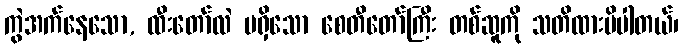
ကွဲအက်နေသော, ထီးတော်လဲ မရှိသော စေတီတော်ကြီး တစ်ဆူကို သတိထားမိပါတယ်၊